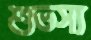
শুভস্য